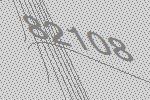
82108